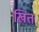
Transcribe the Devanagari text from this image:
खित